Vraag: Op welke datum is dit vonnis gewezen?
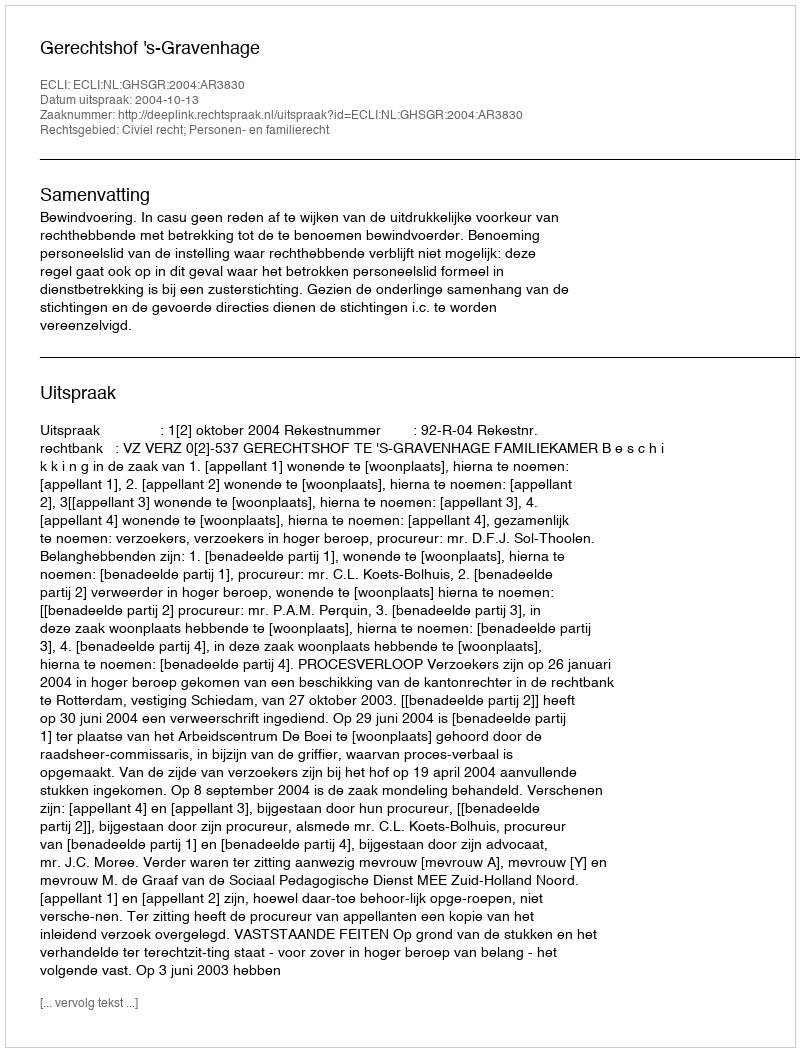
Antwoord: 2004-10-13